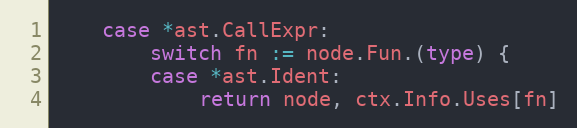
Language: Go
	case *ast.CallExpr:
		switch fn := node.Fun.(type) {
		case *ast.Ident:
			return node, ctx.Info.Uses[fn]